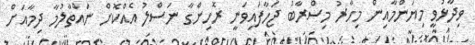
ވިދާޅުވީ މިޔަންމާއިން މިހާރު މިސްރާބު ޖަހާފައިވަނީ ރޮހިންގާ ނަސްލު އެއްކޮށް ނައްތާލުމާ ދިމާއަށް